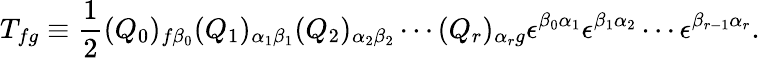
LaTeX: T_{fg}\equiv\frac{1}{2}(Q_{0})_{f\beta_{0}}(Q_{1})_{\alpha_{1}\beta_{1}}(Q_{2})_{\alpha_{2}\beta_{2}}\cdots(Q_{r})_{\alpha_{r}g}\epsilon^{\beta_{0}\alpha_{1}}\epsilon^{\beta_{1}\alpha_{2}}\cdots\epsilon^{\beta_{r-1}\alpha_{r}}.